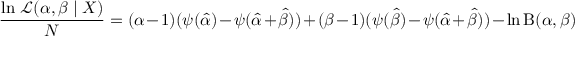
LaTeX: { \frac { \ln \, { \mathcal { L } } ( \alpha , \beta \mid X ) } { N } } = ( \alpha - 1 ) ( \psi ( { \hat { \alpha } } ) - \psi ( { \hat { \alpha } } + { \hat { \beta } } ) ) + ( \beta - 1 ) ( \psi ( { \hat { \beta } } ) - \psi ( { \hat { \alpha } } + { \hat { \beta } } ) ) - \ln \mathrm { B } ( \alpha , \beta )